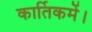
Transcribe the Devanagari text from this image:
कार्तिकमें।